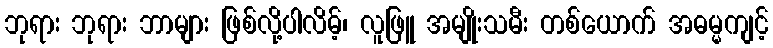
ဘုရား ဘုရား ဘာများ ဖြစ်လို့ပါလိမ့်၊ လူဖြူ အမျိုးသမီး တစ်ယောက် အဓမ္မကျင့်